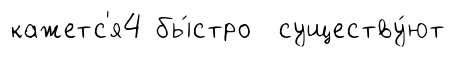
кажетс'я4 бы́стро существу́ют